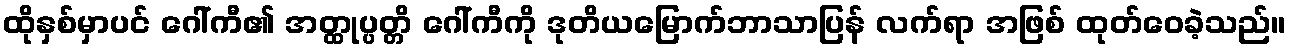
ထိုနှစ်မှာပင် ဂေါ်ကီ၏ အတ္ထုပ္ပတ္တိ ဂေါ်ကီကို ဒုတိယမြောက်ဘာသာပြန် လက်ရာ အဖြစ် ထုတ်ဝေခဲ့သည်။